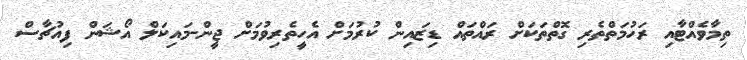
ތިމާވެއްޓާއި ރަހުމަތްތެރި ގޮތްތަކަށް ރައްތައް ޑިޒައިން ކުރުމަށް އެހީތެރިވުމަށް ޖީން-މައިކަލް އޯޝަން ފިއުޗާސް